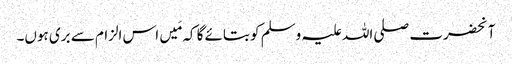
آنحضرت صلی اللہ علیہ وسلم کو بتائے گا کہ مَیں اس الزام سے بری ہوں۔